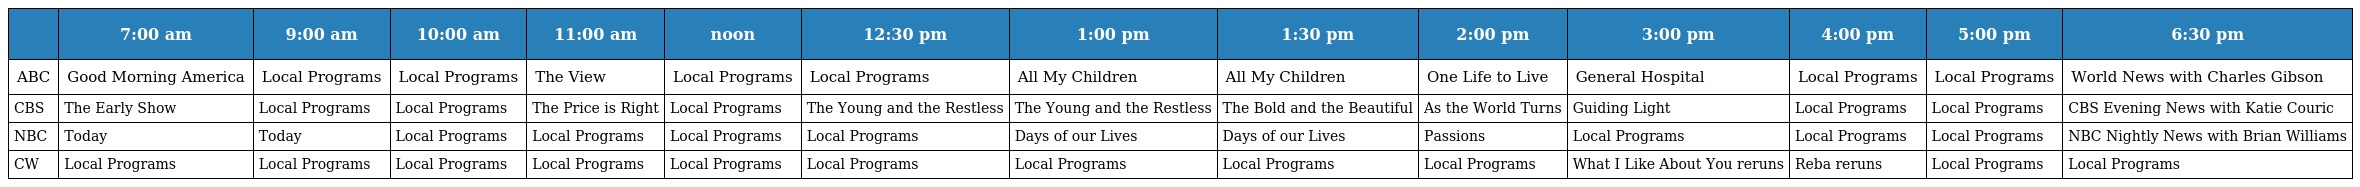
|  | 7:00 am | 9:00 am | 10:00 am | 11:00 am | noon | 12:30 pm | 1:00 pm | 1:30 pm | 2:00 pm | 3:00 pm | 4:00 pm | 5:00 pm | 6:30 pm |
 | --- | --- | --- | --- | --- | --- | --- | --- | --- | --- | --- | --- | --- | --- |
 | ABC | Good Morning America | Local Programs | Local Programs | The View | Local Programs | Local Programs | All My Children | All My Children | One Life to Live | General Hospital | Local Programs | Local Programs | World News with Charles Gibson |
 | CBS | The Early Show | Local Programs | Local Programs | The Price is Right | Local Programs | The Young and the Restless | The Young and the Restless | The Bold and the Beautiful | As the World Turns | Guiding Light | Local Programs | Local Programs | CBS Evening News with Katie Couric |
 | NBC | Today | Today | Local Programs | Local Programs | Local Programs | Local Programs | Days of our Lives | Days of our Lives | Passions | Local Programs | Local Programs | Local Programs | NBC Nightly News with Brian Williams |
 | CW | Local Programs | Local Programs | Local Programs | Local Programs | Local Programs | Local Programs | Local Programs | Local Programs | Local Programs | What I Like About You reruns | Reba reruns | Local Programs | Local Programs |